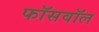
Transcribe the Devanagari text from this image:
फॉसवॉल